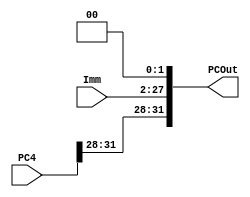
`timescale 1ns / 1ps
//////////////////////////////////////////////////////////////////////////////////
// Company: 
// Engineer: 
// 
// Design Name: 
// Module Name: PCAddImm
// Project Name: 
// Target Devices: 
// Tool Versions: 
// Description: 
// 
// Dependencies: 
// 
// Revision:
// Revision 0.01 - File Created
// Additional Comments:
// 
//////////////////////////////////////////////////////////////////////////////////

//PCNextPCSelect
module PCAddImm(PC4,Imm,PCOut);
    input [31:0] PC4;
    input [25:0] Imm;
    output [31:0] PCOut;
    assign PCOut = {PC4[31:28],Imm[25:0],2'b00};
endmodule